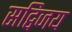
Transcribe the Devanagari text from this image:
सद्विजय